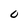
Character: 0